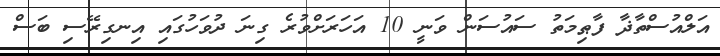
އަލްއުސްތާޛާ ފާޠިމަތު ސައުސަން ވަނީ 10 އަހަރަށްވުރެ ގިނަ ދުވަހުގައި އިނގިރޭސި ބަސް